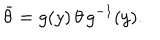
LaTeX: \bar { \theta } = g ( y ) \, \theta \, g ^ { - 1 } ( y ) .